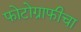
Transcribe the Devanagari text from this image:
फोटोग्राफीचा